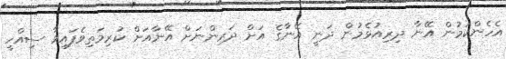
އެހެންކަމުން އޭނާ ދިރިއުޅެމުން ދަނީ އޭނާގެ އަށް ދަރިންނަށް އޭނާއަށް ކުރިމަތިވެފައިވާ ސިއްހީ